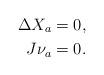
LaTeX: \begin{align*}\Delta X_a &=0,\\J \nu_a &=0.\end{align*}